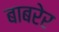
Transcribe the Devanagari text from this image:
बाबरेर